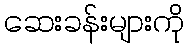
ဆေးခန်းများကို